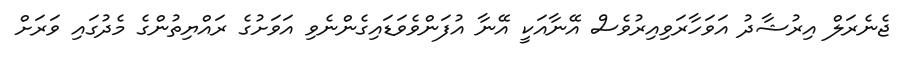
ޖެނެރަލް އިރުޝާދު އަވަހާރަވިއިރުވެސް އޭނާއަކީ އޭނާ އުފަންވެވަޑައިގެންނެވި އަވަށުގެ ރައްޔިތުންގެ މެދުގައި ވަރަށް